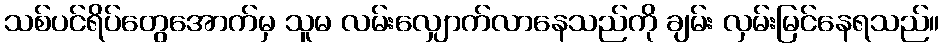
သစ်ပင်ရိပ်တွေအောက်မှ သူမ လမ်းလျှောက်လာနေသည်ကို ချမ်း လှမ်းမြင်နေရသည်။